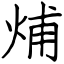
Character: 烳